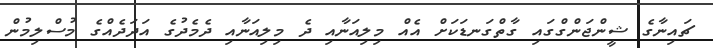
ޗައިނާގެ ޝީންޖަންގްގައި ގާތްގަނޑަކަށް އެއް މިލިއަނާއި ދެ މިލިއަނާއި ދެމެދުގެ އަދަދެއްގެ މުސްލިމުން